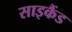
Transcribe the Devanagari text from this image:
साइकैंड